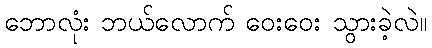
ဘောလုံး ဘယ်လောက် ဝေးဝေး သွားခဲ့လဲ။